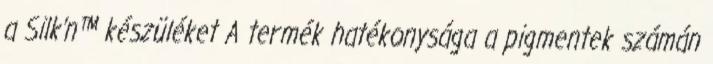
a Silk’n™ készüléket A termék hatékonysága a pigmentek számán